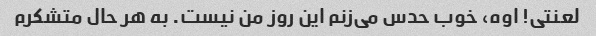
لعنتی! اوه، خوب حدس می‌زنم این روز من نیست. به هر حال متشکرم